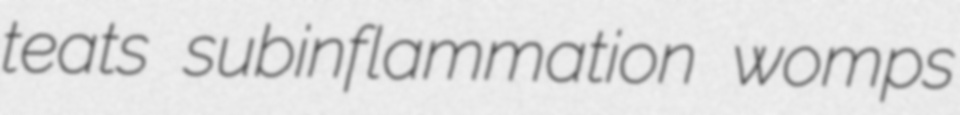
teats subinflammation womps